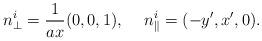
LaTeX: \begin{align*}n_\perp^i=\frac{1}{a x}(0,0,1),\hspace*{5mm}n_\parallel^i=(-y',x',0).\end{align*}